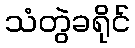
သံတွဲခရိုင်